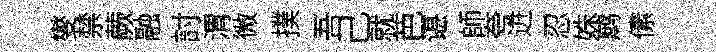
燮禁蕨融討渭微撲吾己就芭谌師夸进忍姝鹧傃